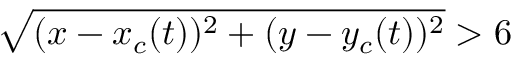
\sqrt { ( x - x _ { c } ( t ) ) ^ { 2 } + ( y - y _ { c } ( t ) ) ^ { 2 } } > 6